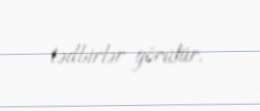
tədbirlər görülür.